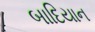
બાદિયાન